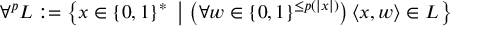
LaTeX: \forall ^ { p } L : = \left\{ x \in \{ 0 , 1 \} ^ { * } \ \left| \ \left( \forall w \in \{ 0 , 1 \} ^ { \leq p ( | x | ) } \right) \langle x , w \rangle \in L \right. \right\}